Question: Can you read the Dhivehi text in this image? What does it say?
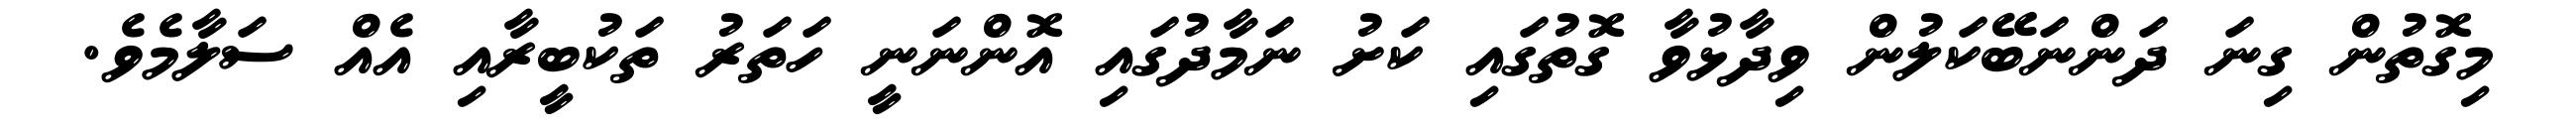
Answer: މިގޮތުން ގިނަ ދަންނަބޭކަލުން ވިދާޅުވާ ގޮތުގައި ކަށު ނަމާދުގައި އޮންނަނީ ހަތަރު ތަކުބީރާއި އެއް ސަލާމެވެ.